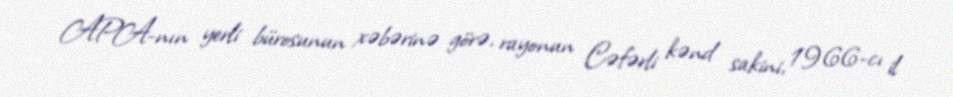
APA-nın yerli bürosunun xəbərinə görə, rayonun Cəfərli kənd sakini, 1966-cı il